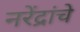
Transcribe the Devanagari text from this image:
नरेंद्रांचे